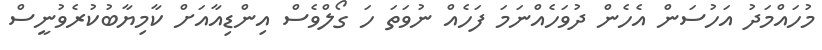
މުހައްމަދު އަހުސަން އެހެން ދުވަހެއްނަމަ ފަހެއް ނުވަތަ ހަ ގޯލްވެސް އިންޑިއާއަށް ކާމިޔާބުކުރެވުނީސް